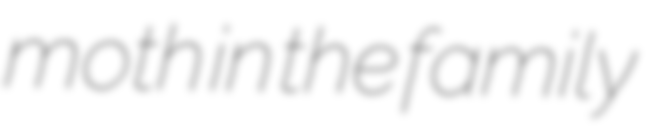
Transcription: moth in the family